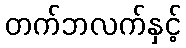
တက်ဘလက်နှင့်